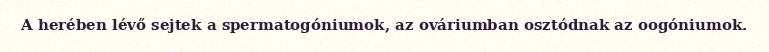
A herében lévő sejtek a spermatogóniumok, az ováriumban osztódnak az oogóniumok.